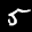
Digit: 5